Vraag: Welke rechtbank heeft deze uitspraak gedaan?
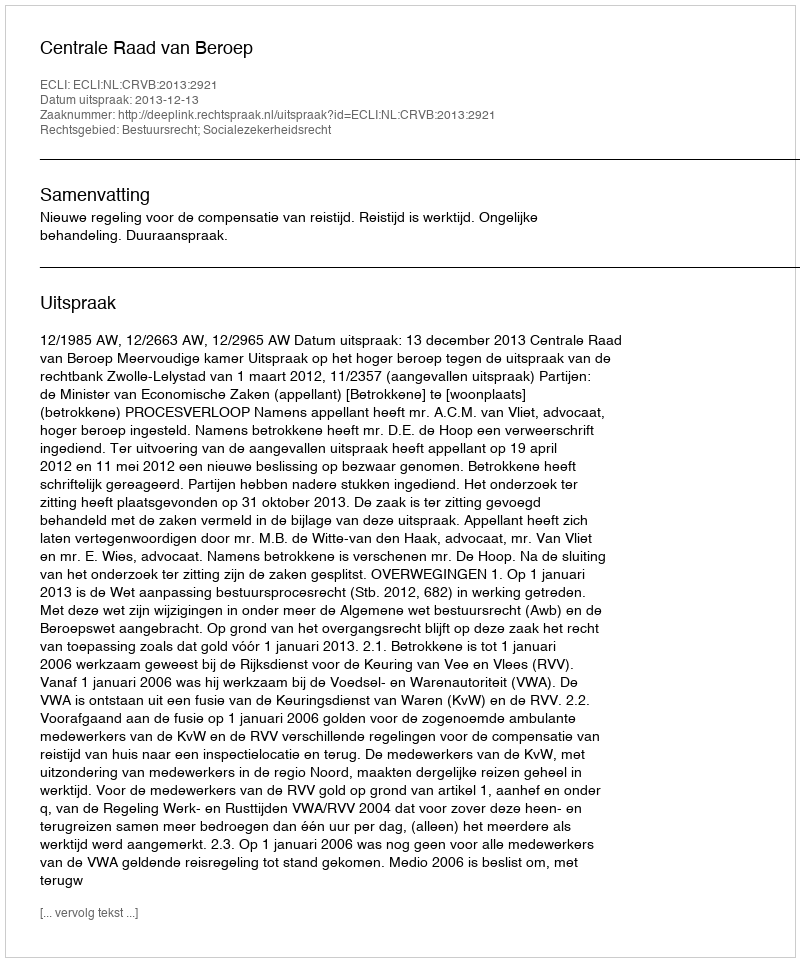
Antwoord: Centrale Raad van Beroep